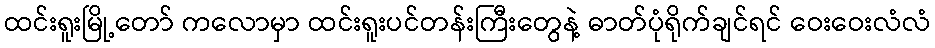
ထင်းရူးမြို့တော် ကလောမှာ ထင်းရူးပင်တန်းကြီးတွေနဲ့ ဓာတ်ပုံရိုက်ချင်ရင် ဝေးဝေးလံလံ